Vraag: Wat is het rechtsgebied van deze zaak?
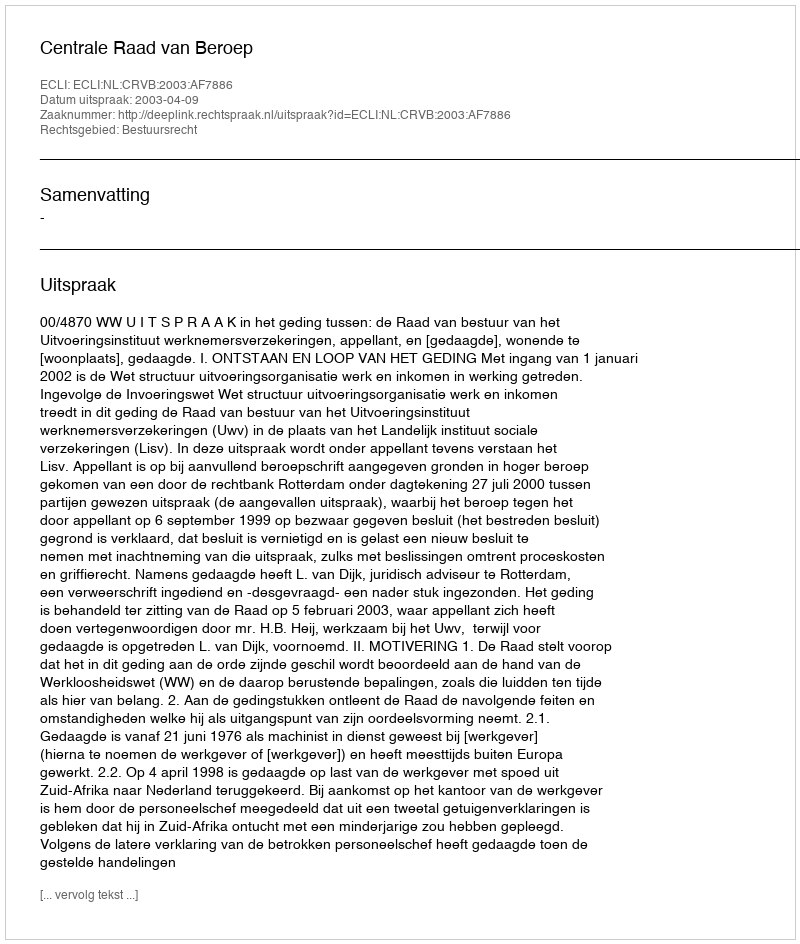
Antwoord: Bestuursrecht